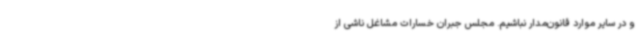
و در سایر موارد قانون‌مدار نباشیم. مجلس جبران خسارات مشاغل ناشی از